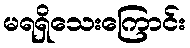
မရရှိသေးကြောင်း